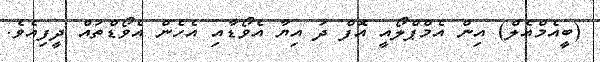
(ބީއެމްއެލް) އިން އެމްޕްލޯއީ އޮފް ދަ އިޔާ އެވޯޑާއި އެހެން އެވޯޑްތައް ދީފިއެވެ.